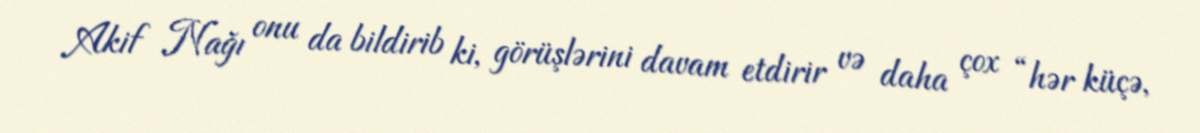
Akif Nağı onu da bildirib ki, görüşlərini davam etdirir və daha çox “hər küçə,